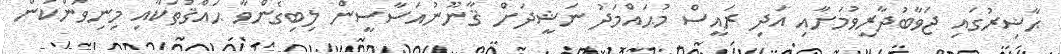
ޙާޟިރުގައި ޖަވާބުދާރީވުމަށާއި އަދި ރައީސް މުޙައްމަދު ނަޝީދަށް ޤާނޫނުއަސާސީން ލިބިގެންވާ ޙައްޤުތަކާއި މިނިވަންކަން